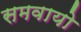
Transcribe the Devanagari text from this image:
समवायो